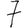
Digit: 7